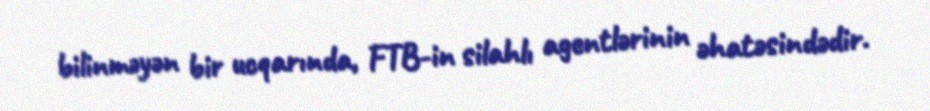
bilinməyən bir ucqarında, FTB-in silahlı agentlərinin əhatəsindədir.